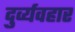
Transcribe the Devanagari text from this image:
दुर्व्‍यवहार